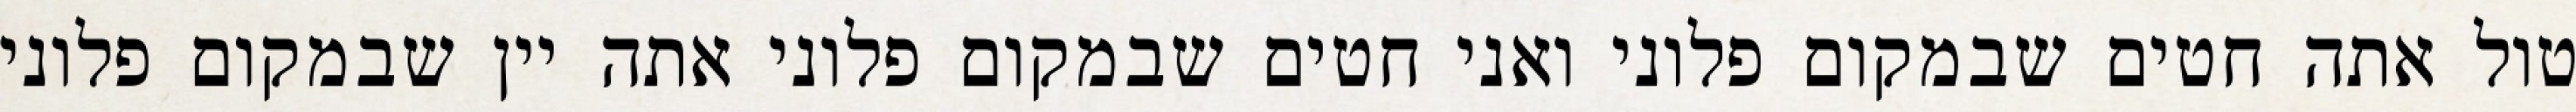
טול אתה חטים שבמקום פלוני ואני חטים שבמקום פלוני אתה יין שבמקום פלוני